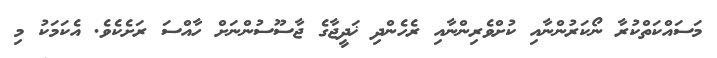
މަސައްކަތްކުރާ ނޯކަރުންނާއި ކުށްވެރިންނާއި ރެހެންދި ޚަދީޖާގެ ޖާސޫސުންނަށް ހާއްސަ ރަށެކެވެ. އެކަމަކު މި